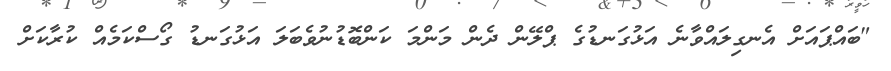
"ބައްޕައަށް އެނގިލައްވާނެ އަޅުގަނޑުގެ ޕްލޭން ދެން މަންމަ ކަންބޮޑުނުވެބަލަ އަޅުގަނޑު ގޯސްކަމެއް ކުރާކަށް